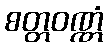
စတ္တဝဏ္ဏံ